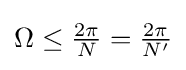
\Omega \leq {\tfrac {2\pi }{N}}={\tfrac {2\pi }{N^{\prime }}}